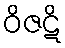
ဝိဇဋိ